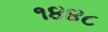
૧૪૪૮